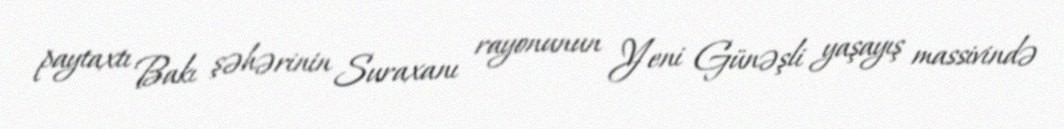
paytaxtı Bakı şəhərinin Suraxanı rayonunun Yeni Günəşli yaşayış massivində